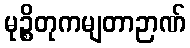
မုဉ္စိတုကမျတာဉာဏ်